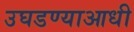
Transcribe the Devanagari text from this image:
उघडण्याआधी